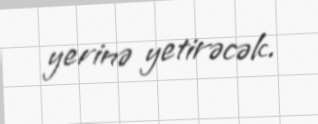
yerinə yetirəcək.